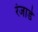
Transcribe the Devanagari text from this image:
रंजाडे